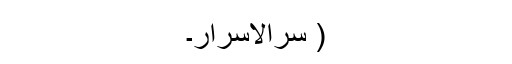
( سرالاسرار۔